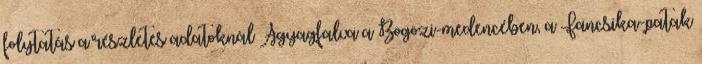
folytatás a részletes adatoknál Agyagfalva a Bögözi-medencében, a Fancsika-patak